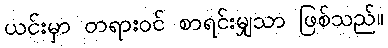
ယင်းမှာ တရားဝင် စာရင်းမျှသာ ဖြစ်သည်။